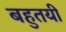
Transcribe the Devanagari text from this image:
बहुतयी